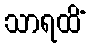
သာရထိံ